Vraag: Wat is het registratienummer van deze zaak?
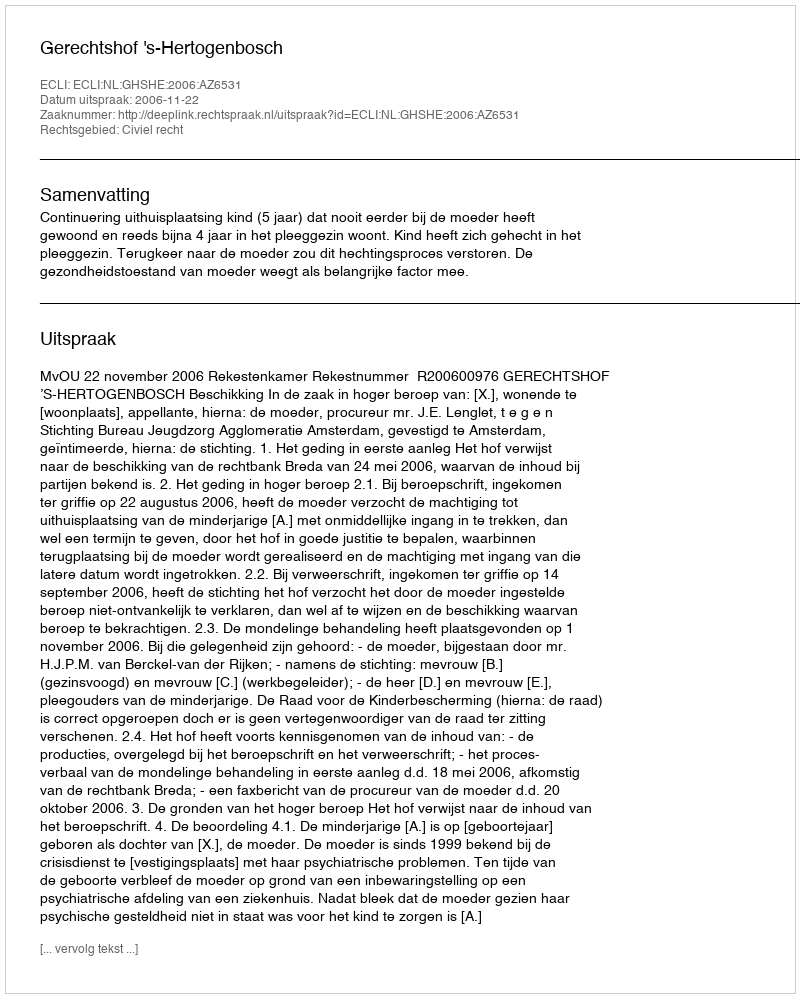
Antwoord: http://deeplink.rechtspraak.nl/uitspraak?id=ECLI:NL:GHSHE:2006:AZ6531